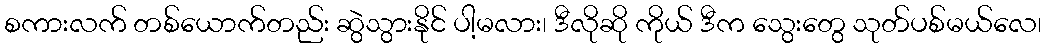
စကားလက် တစ်ယောက်တည်း ဆွဲသွားနိုင် ပါ့မလား၊ ဒီလိုဆို ကိုယ် ဒီက သွေးတွေ သုတ်ပစ်မယ်လေ၊